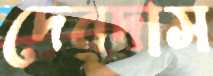
দেবদাস